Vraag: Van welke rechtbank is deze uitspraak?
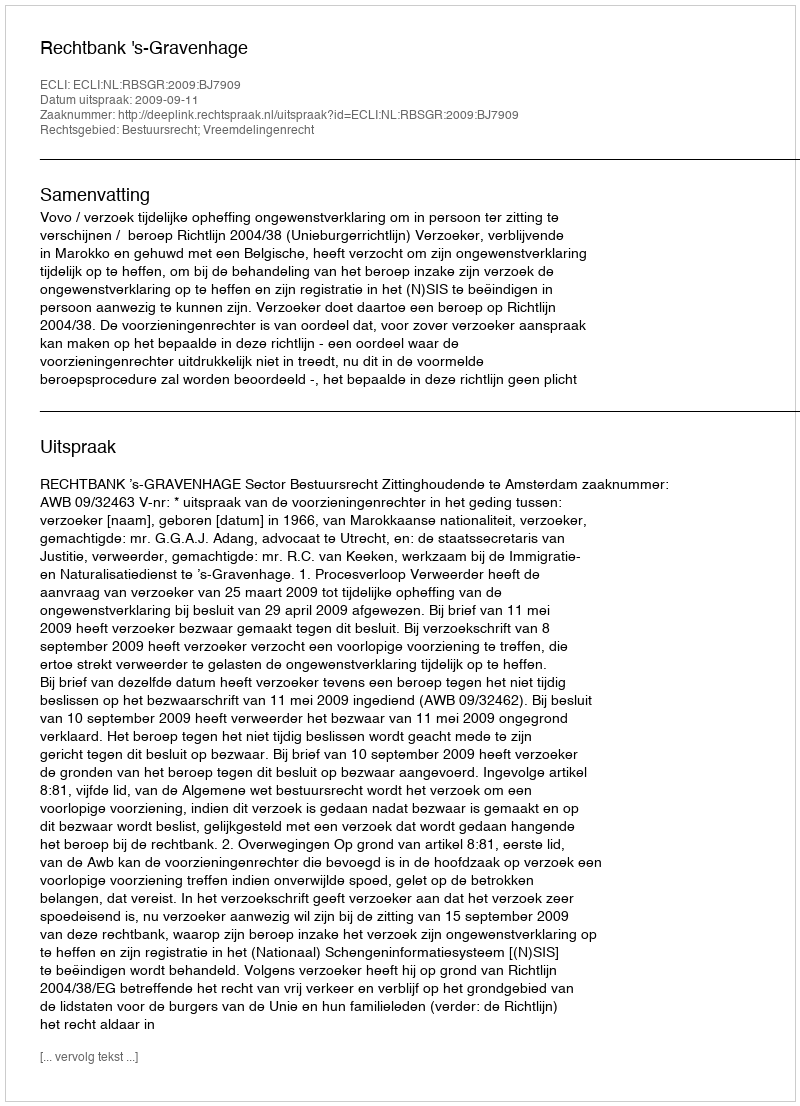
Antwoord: Rechtbank 's-Gravenhage